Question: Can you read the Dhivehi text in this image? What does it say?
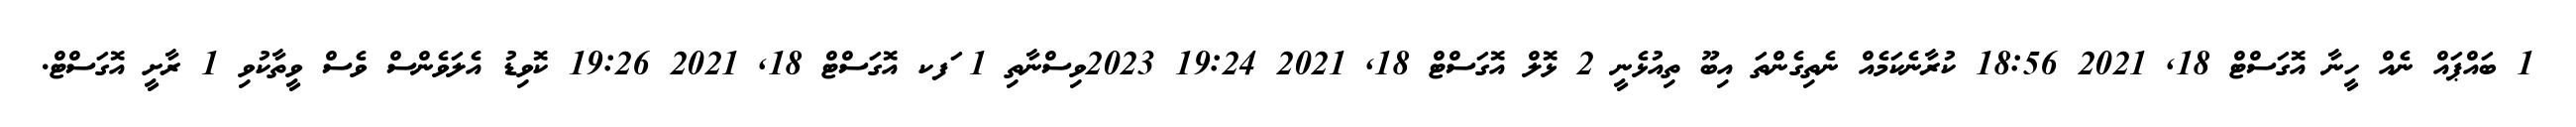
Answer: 1 ބައްޕައް ނެއް ހީނާ އޮގަސްޓް 18, 2021 18:56 ކުރާނެކަމެއް ނެތިގެންތަ އިބޫ ތިއުޅެނީ 2 ޅޮލް އޮގަސްޓް 18, 2021 19:24 2023ވިސްނާތި 1 ަފކ އޮގަސްޓް 18, 2021 19:26 ކޮވިޑު އެލަވެންސް ވެސް ވީތާކުވި 1 ރާށީ އޮގަސްޓް.